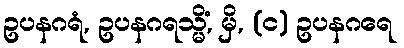
ဥပနဂရံ, ဥပနဂရသ္မိံ, မှိ, (င) ဥပနဂရေ